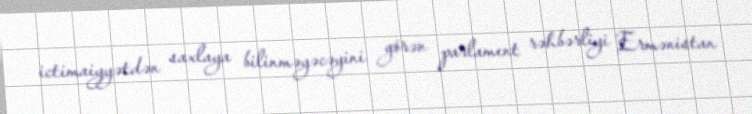
ictimaiyyətdən saxlaya bilinməyəcəyini görən parlament rəhbərliyi Ermənistan